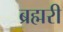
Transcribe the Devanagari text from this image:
ब्रह्मरी